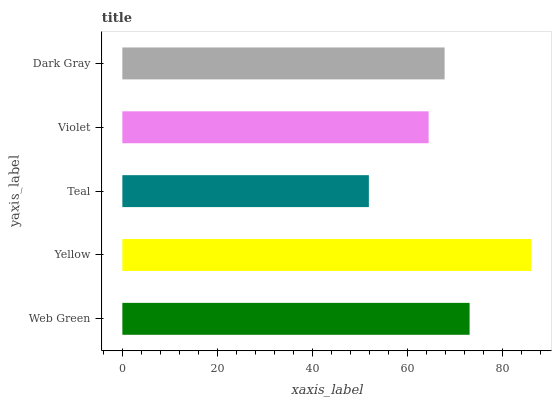
| yaxis_label | bars |
 | --- | --- |
 | Web Green | 73.1 |
 | Yellow | 86.1 |
 | Teal | 51.9 |
 | Violet | 64.5 |
 | Dark Gray | 67.9 |